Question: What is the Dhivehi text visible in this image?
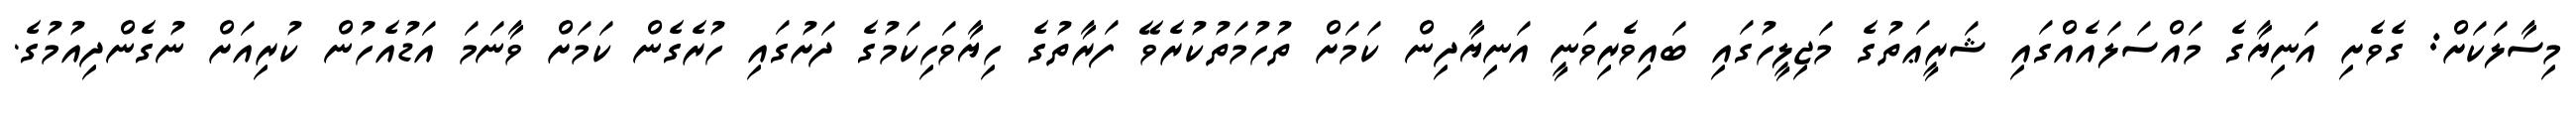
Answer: މިސާލަކަށް: ގެވެށި އަނިޔާގެ މައްސަލައެއްގައި ޝަރީޢަތުގެ މަޖިލީހުގައި ބައިވެރިވަނީ އަނިޔާދިން ކަމަށް ތުހުމަތުކުރެވޭ ފަރާތުގެ ހިޔާވަހިކަމުގެ ދަށުގައި ހުރެގެން ކަމަށް ވާނަމަ އަޑުއެހުން ކުރިއަށް ނުގެންދިއުމުގެ.